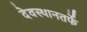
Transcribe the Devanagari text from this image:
देवस्थानतर्फे